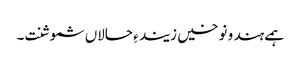
ہمے ہند و نوخیں زیند ءِ حالاں شموشنت۔